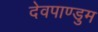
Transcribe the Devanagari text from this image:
देवपाण्डुम